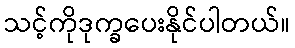
သင့်ကိုဒုက္ခပေးနိုင်ပါတယ်။